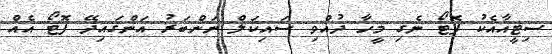
ސިޓީއާއެކު ފޮޓޯ ނެގި މީހާ ދުއްވި ސައިކަލް ނަންބަރު އަންގައިދޭ ފޮޓޯ އެއް